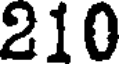
210